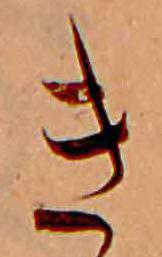
き